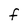
Character: F